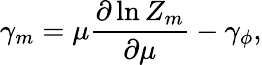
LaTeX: \gamma_{m}=\mu\frac{\partial\ln Z_{m}}{\partial\mu}-\gamma_{\phi},